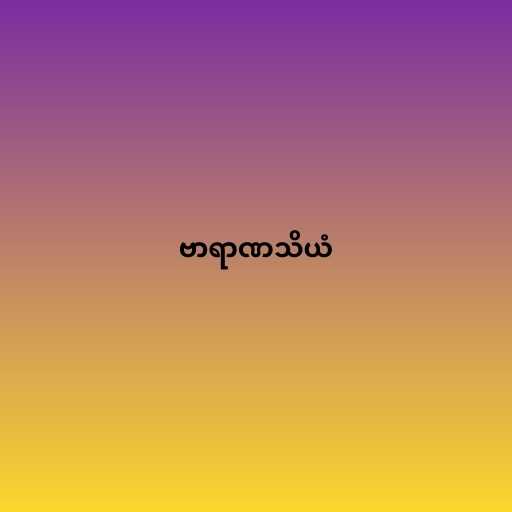
ဗာရာဏသိယံ